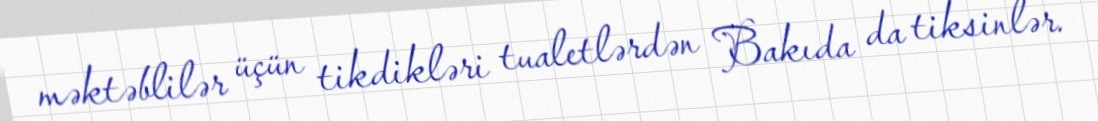
məktəblilər üçün tikdikləri tualetlərdən Bakıda da tiksinlər.